Sanitation, dispensaries and jails vaccination Rajputana 1922-1927 - 1922-1927
Year: 1922
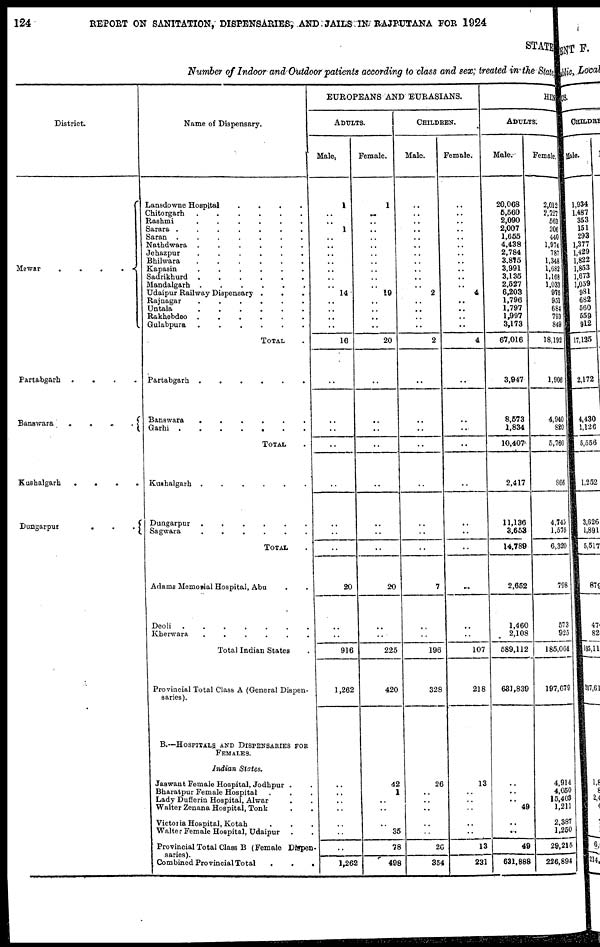
124
REPORT ON SANITATION, DISPENSARIES, AND JAILS IN RAJPUTANA FOR 1924
STATE
Number of Indoor and-Outdoor patients according to class and sex, treated in the State
District.
Mewar
.
.
.
.
Partabgarh .
.
.
.
Banawara
.
.
.
.
Kushalgarh
.
.
.
.
Dungarpur
.
.
.
Name of Dispensary.
Lansdowne Hospital . . .
.
Chitorgarh
.
.
.
.
Rashmi
.
.
.
.
Sarara ..
.
.
.
Saran ..
.
.
.
Nathdwara .
.
.
.
Jehazpur
.
.
.
.
Bhilwara
.
.
.
.
Kapasin
.
.
.
.
Sadrikhurd .
.
.
.
Mandalgarh .
.
.
.
Udaipur Railway Dispensary .
.
Rajnagar
.
.
.
.
Untala
.
.
.
.
Rakhebdeo .
.
.
.
Gulabpura
.
.
.
.
TOTAL .
Partabgarh .
Banswara
.
.
.
.
Garhi . . . .
TOTAL .
Kushalgarh .
.
.
.
Dungarpur . . . . .
Sagwara . . . . .
TOTAL .
Adams Memorial Hospital, Abu . .
Deoli . . . . . .
Kherwara . . . . .
Total Indian States
Provincial Total Class A (General Dispen-
saries).
B.—HOSPITALS AND DISPENSARIES FOR
FEMALES.
Indian States.
Jaswant Female Hospital, Jodhpur . .
Bharatpur Female Hospital. . .
Lady Dufferin Hospital, Alwar . .
Walter Zenana Hospital, Tonk . .
Victoria Hospital, Kotah . . .
Walter Female Hospital, Udaipur
.
Provincial Total Class B (Female Dispen¬
Combined Provincial Total
.
.
.
EUROPEANS AND EURASIANS.
ADULTS.
Male.
1
..
..
1
..
..
..
..
..
..
..
14
..
..
..
..
16
..
..
..
..
..
..
..
..
20
..
..
916
1,262
..
..
..
..
..
..
..
1,262
Female.
1
..
..
..
..
..
..
..
..
..
..
19
..
..
..
..
20
..
..
..
..
..
..
..
..
20
..
..
225
420
42
1
..
..
..
35
78
498
CHILDREN.
Male.
..
..
..
..
..
..
..
..
..
..
..
2
.. ..
..
..
2
..
..
..
..
..
..
..
..
7
..
..
196
328
26
..
..
..
..
..
26
354
Female.
..
..
..
..
..
..
..
..
..
..
..
4
..
..
..
..
4
..
..
..
..
..
..
..
..
..
..
..
107
218
13
..
..
..
..
..
13
231
HIN
ADULTS.
Male.
20,068
5,560
2,090
2,007
1,655
4,438
2,784
3,875
3,991
3,135
2,527
6,203
1,796
1,797
1,997
3,173
67,016
3,947
8,573
1,834
10,407
2,417
11,136
3,653
14,789
2,652
1,460
2,108
589,112
631,839
..
..
..
49
..
...
49
631,888
Female,
2,012
2,727
563
206
440
1,974
787
1,348
1,682
1,168
1,033
975
951
684
793
849
18,192
1,906
4,940
820
5,760
866
4,745
1,575
6,320
798
573
925
185,064
197,679
4,914
4,050
15,403
1,211
2,387
1,250
29,215
226,894